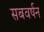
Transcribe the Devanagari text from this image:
सबवर्षन